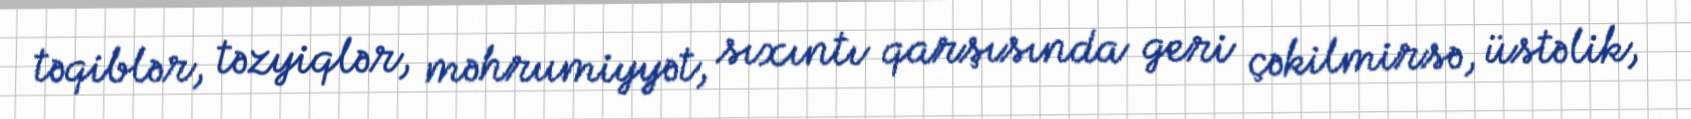
təqiblər, təzyiqlər, məhrumiyyət, sıxıntı qarşısında geri çəkilmirsə, üstəlik,